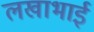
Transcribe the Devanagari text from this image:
लखाभाई